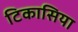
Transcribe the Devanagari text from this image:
टिकासिया